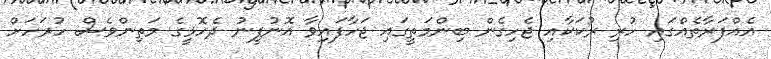
އެއްފަރާތެއްގައި ހުރި ރުކަކާއި ޖެހިގެން ބިންމަތީގައި ޖަހާފައިވާ އޮނުފީނު ދެހޮޅީގެ މަތިންވެސް ހުރަހަށް